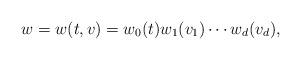
LaTeX: \begin{align*}w=w(t,v)=w_0(t) w_1(v_1)\cdots w_d(v_d),\end{align*}